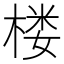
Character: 楼